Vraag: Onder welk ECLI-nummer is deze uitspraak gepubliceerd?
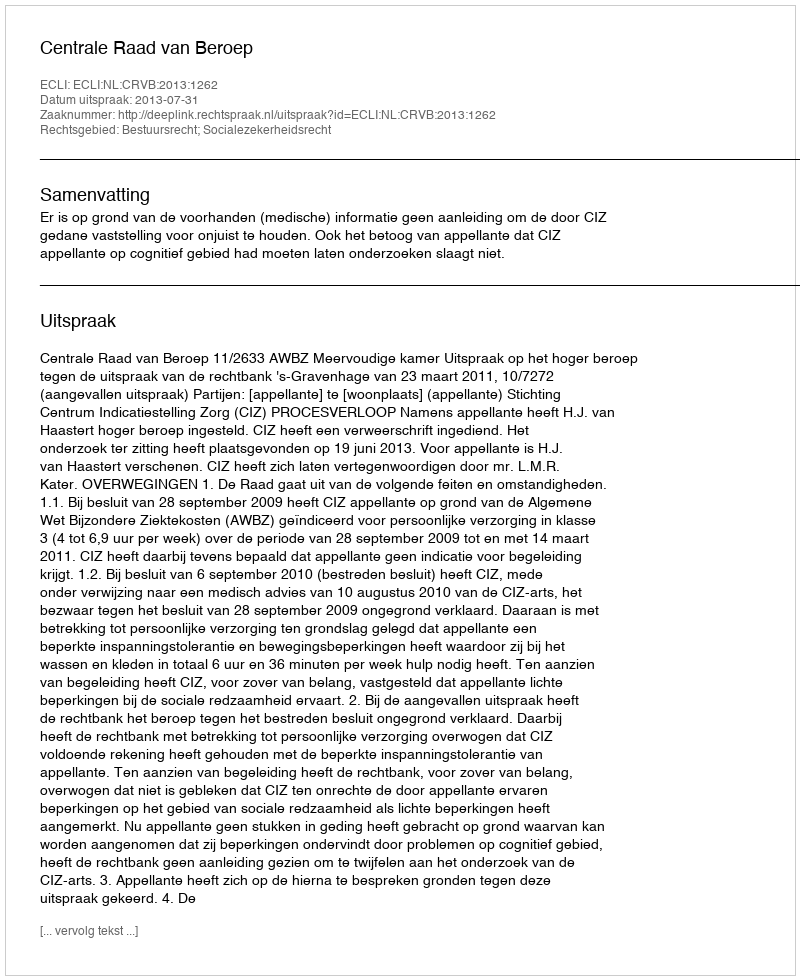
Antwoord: ECLI:NL:CRVB:2013:1262